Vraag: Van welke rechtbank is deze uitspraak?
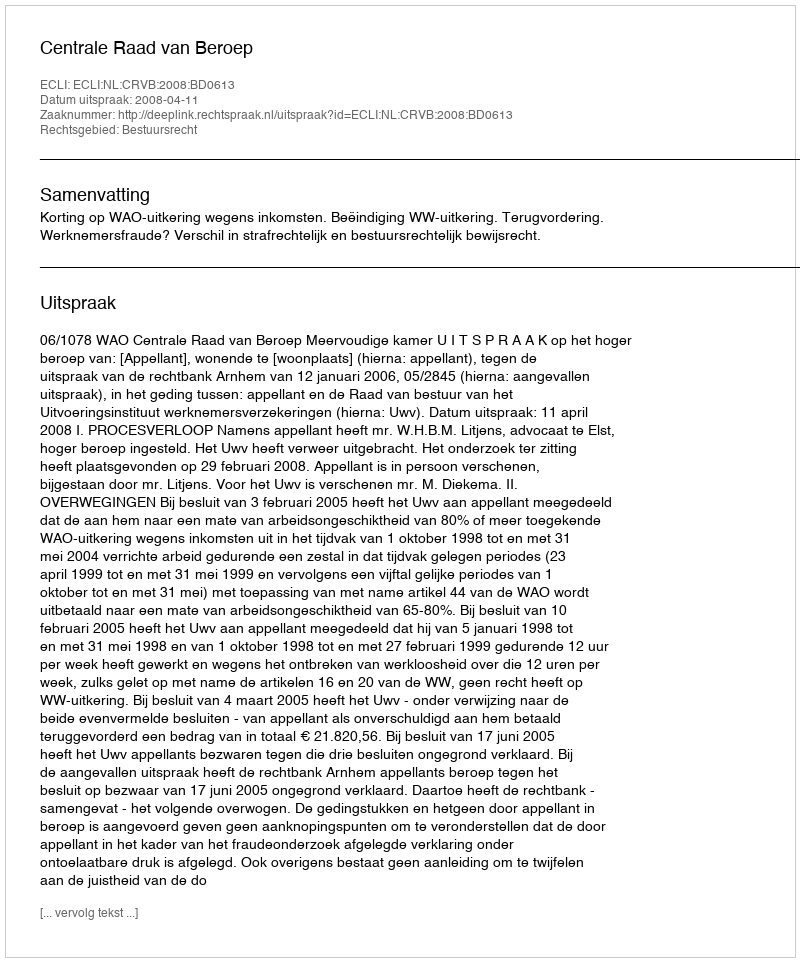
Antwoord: Centrale Raad van Beroep